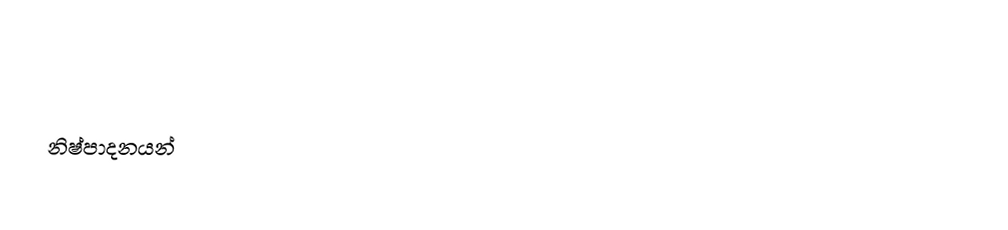

නිෂ්පාදනයන්